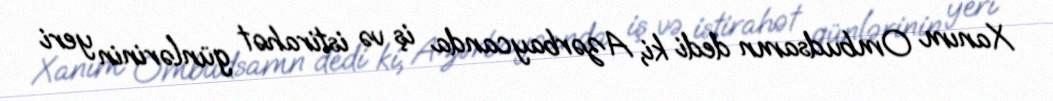
Xanım Ombudsamn dedi ki, Azərbaycanda iş və istirahət günlərinin yeri